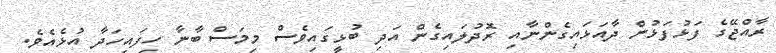
ރާއްޖޭގެ ފަޅުފަޅުން ދާއަޅައިގެންނާއި ރޮދުލައިގެން އަދި ބުޅީގައިވެސް މިމަސް ބާނާ ހިފައިހަދާ އުޅެއެވެ.